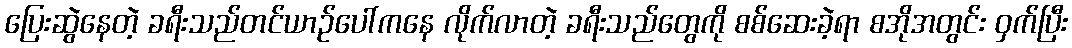
ပြေးဆွဲနေတဲ့ ခရီးသည်တင်ယာဉ်ပေါ်ကနေ လိုက်လာတဲ့ ခရီးသည်တွေကို စစ်ဆေးခဲ့ရာ စအိုအတွင်း ဝှက်ပြီး